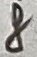
Text: 8